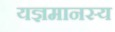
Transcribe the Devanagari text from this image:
यज्ञमानस्य